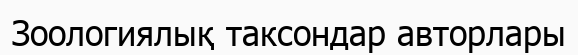
Зоологиялық таксондар авторлары